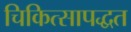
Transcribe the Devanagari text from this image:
चिकित्सापद्धत